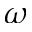
\omega